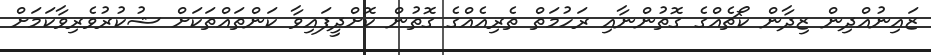
ޒައިނުއްދިން ޒިދާން ކޯޗެއްގެ ގޮތުންނާއި ރަހުމަތް ތެރިއެއްގެ ގޮތުން ކޮށްދީފައިވާ ކަންތައްތަކަށް ޝުކުރުވެރިވާކަމަށް